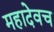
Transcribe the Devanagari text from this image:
महादेवच